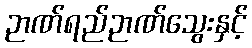
ဉာဏ်ရည်ဉာဏ်သွေးနှင့်